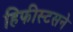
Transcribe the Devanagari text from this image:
हिफीस्टसने